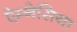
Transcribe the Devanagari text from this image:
ऐम्नेसिया